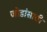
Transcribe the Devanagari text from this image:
जोडांसाठी